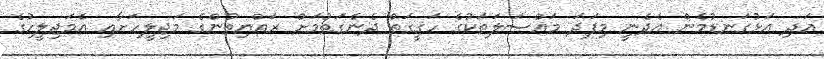
އަދި އަޅުގަނޑުމެން އެދެނީ މިފަދަ މައްސަލަތަކުގެ ހަޤީގަތް ދެނެގަތުމަށް ރައްޔިތުންގެ މަޖިލީހަށާއި އެމަޖިލީހުގެ